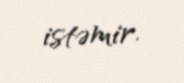
istəmir.